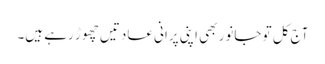
آج کل تو جانور بھی اپنی پرانی عادتیں چھوڑ رہے ہیں۔